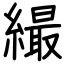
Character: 繓